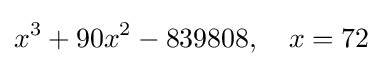
x^{3}+90x^{2}-839808,\quad x=72